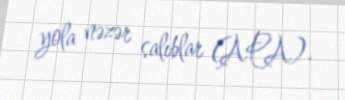
yola nəzər salıblar (APA).